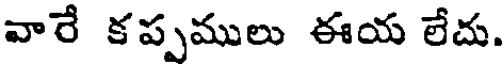
వారే కప్పములు ఈయ లేదు.